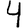
Digit: 4